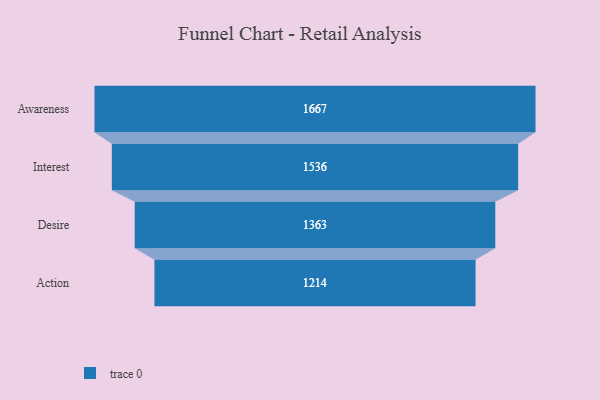
{"axis": {"x": "Stage", "y": "Value"}, "legend": [""], "data": [{"x": "Awareness", "y": 1667.0, "type": ""}, {"x": "Interest", "y": 1536.0, "type": ""}, {"x": "Desire", "y": 1363.0, "type": ""}, {"x": "Action", "y": 1214.0, "type": ""}]}